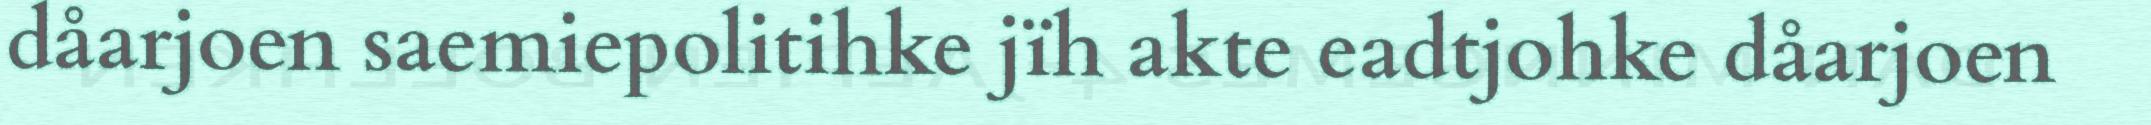
dåarjoen saemiepolitihke jïh akte eadtjohke dåarjoen